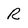
Character: R